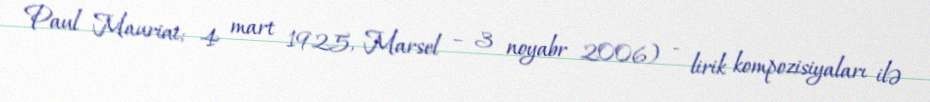
Paul Mauriat; 4 mart 1925, Marsel – 3 noyabr 2006) - lirik kompozisiyaları ilə